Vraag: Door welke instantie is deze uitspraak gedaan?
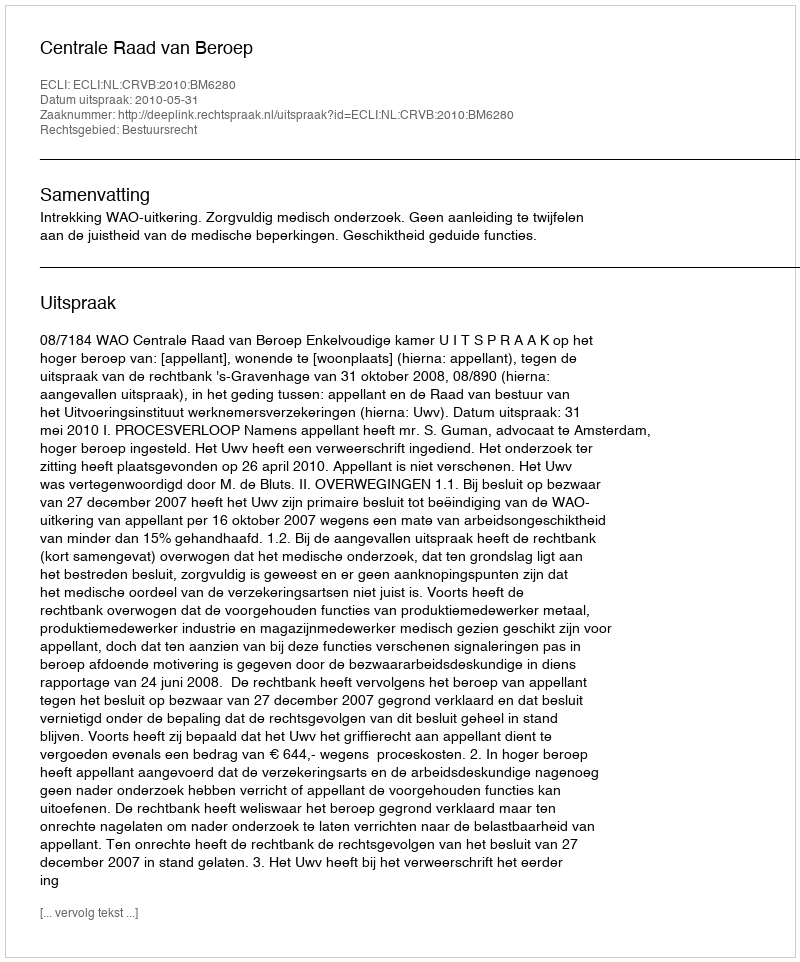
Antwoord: Centrale Raad van Beroep